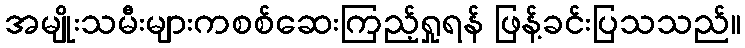
အမျိုးသမီးများကစစ်ဆေးကြည့်ရှုရန် ဖြန့်ခင်းပြသသည်။